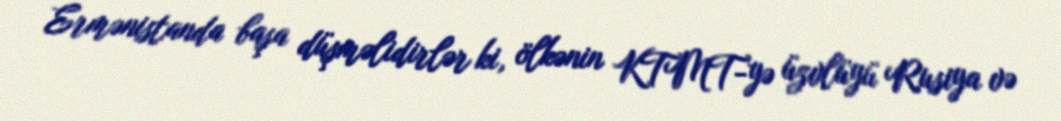
Ermənistanda başa düşməlidirlər ki, ölkənin KTMT-yə üzvlüyü Rusiya və